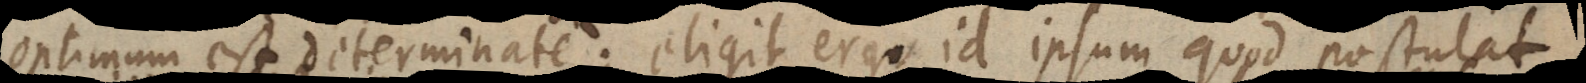
optimum est determinate; eligit ergo id ipsum quod postulat